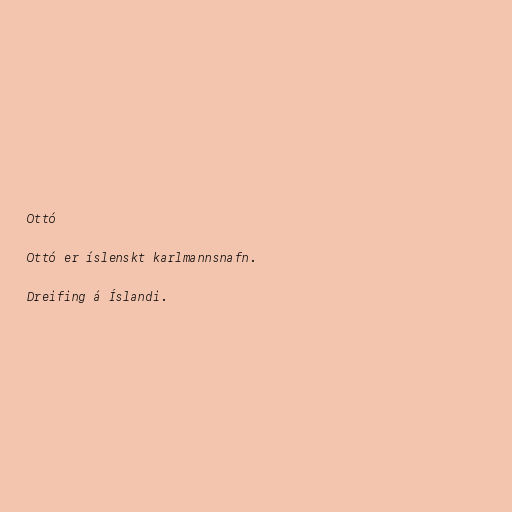
Ottó

Ottó er íslenskt karlmannsnafn.

Dreifing á Íslandi.